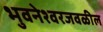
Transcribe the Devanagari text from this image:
भुवनेश्वरजवळील